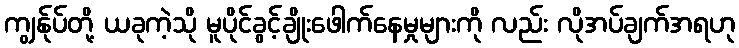
ကျွန်ုပ်တို့ ယခုကဲ့သို မူပိုင်ခွင့်ချိုးဖေါက်နေမှုများကို လည်း လိုအပ်ချက်အရဟု